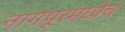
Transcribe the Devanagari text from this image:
नागपूरमध्येच